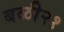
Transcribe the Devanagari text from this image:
बळी२१